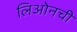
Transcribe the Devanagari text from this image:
लिओनची